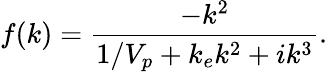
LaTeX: f(k)=\frac{-k^{2}}{1/V_{p}+k_{e}k^{2}+ik^{3}}.